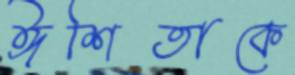
ঈশিতাকে